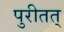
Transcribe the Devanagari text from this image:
पुरीतत्